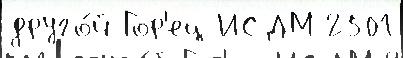
друго́й Гор'ец ИСДМ 2501